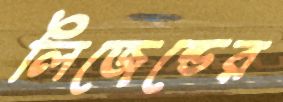
লিজেন্ডের